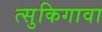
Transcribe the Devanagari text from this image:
त्सुकिगावा